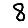
Digit: 8